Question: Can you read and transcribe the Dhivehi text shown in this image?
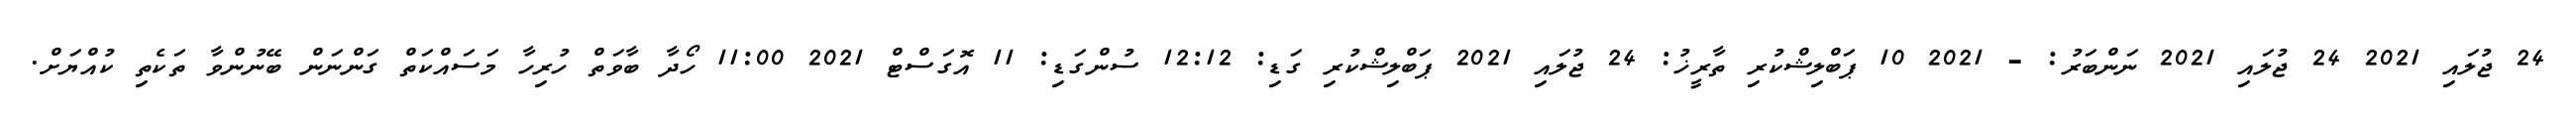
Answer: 24 ޖުލައި 2021 24 ޖުލައި 2021 ނަންބަރު: - 2021 10 ޕަބްލިޝްކުރި ތާރީޚު: 24 ޖުލައި 2021 ޕަބްލިޝްކުރި ގަޑި: 12:12 ސުންގަޑި: 11 އޮގަސްޓް 2021 11:00 ހޯދާ ބާވަތް ހުރިހާ މަސައްކަތް ގަންނަން ބޭނުންވާ ތަކެތި ކުއްޔަށް.